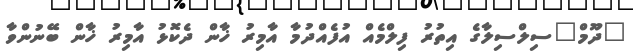
"ދޫމް"ސިލްސިލާގެ އިތުރު ފިލްމެއް އުފެއްދުމާ އާމިރު ޚާން ދެކޮޅު އާމިރު ޚާން ބޭނުންވާ